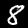
Digit: 8